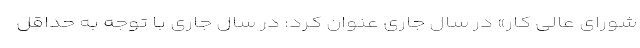
شورای عالی کار» در سال جاری عنوان کرد: در سال جاری با توجه به حداقل